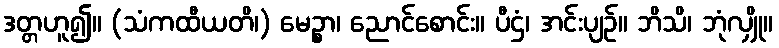
ဒတ္တဟူ၍။ (သံကထီယတိ၊) မေဉ္စာ၊ ညောင်စောင်း။ ပီဌံ၊ အင်းပျဉ်။ ဘိသိ၊ ဘုံလျှို။